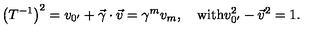
\left( T ^ { - 1 } \right) ^ { 2 } = v _ { 0 ^ { \prime } } + \vec { \gamma } \cdot \vec { v } = \gamma ^ { m } v _ { m } , \quad \mathrm { { w i t h } } v _ { 0 ^ { \prime } } ^ { 2 } - \vec { v } ^ { 2 } = 1 . \mathrm { { } }